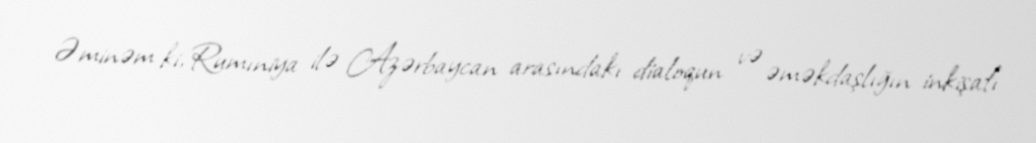
Əminəm ki, Rumıniya ilə Azərbaycan arasındakı dialoqun və əməkdaşlığın inkişafı